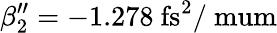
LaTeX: \beta_{2}^{\prime\prime}=-1.278~\mathrm{fs^{2}/\ mum}